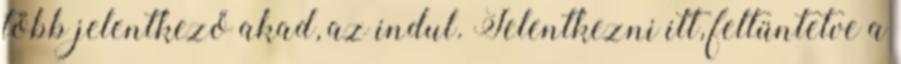
több jelentkező akad, az indul. Jelentkezni itt, feltüntetve a